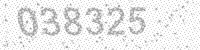
Solution: 038325